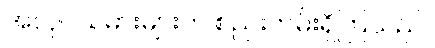
အလုပ်သမားများက စည်းကမ်းရှိကြသည်။